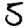
Digit: 5